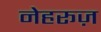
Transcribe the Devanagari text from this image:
नेहरूज़